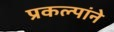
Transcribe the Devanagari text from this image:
प्रकल्पांने